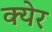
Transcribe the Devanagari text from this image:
क्येर